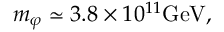
m _ { \varphi } \simeq 3 . 8 \times 1 0 ^ { 1 1 } \mathrm { G e V } ,